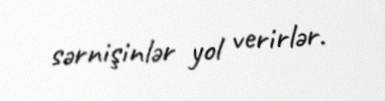
sərnişinlər yol verirlər.